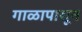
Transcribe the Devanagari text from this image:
गाळापासून